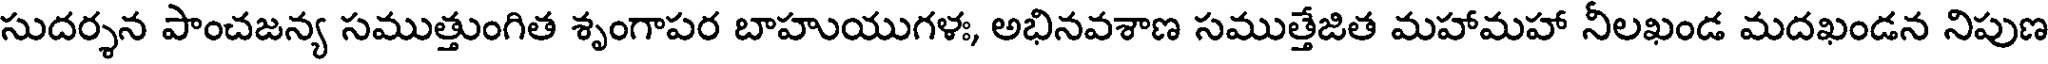
సుదర్శన పాంచజన్య సముత్తుంగిత శృంగాపర బాహుయుగళ, అభినవశాణ సముత్తేజిత మహామహా నీలఖండ మదఖండన నిపుణ